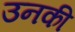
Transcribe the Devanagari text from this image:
उनकी